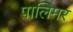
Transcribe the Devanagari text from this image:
पालिमर